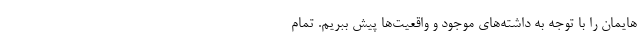
هایمان را با توجه به داشته‌های موجود و واقعیت‌ها پیش ببریم. تمام